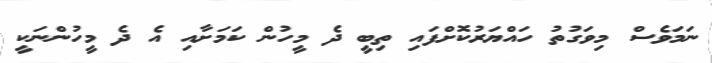
ނަމަވެސް މިވަގުތު ހައްޔަރުކޮށްފައި ތިބީ ދެ މީހުން ކަމަށާއި އެ ދެ މީހުންނަކީ